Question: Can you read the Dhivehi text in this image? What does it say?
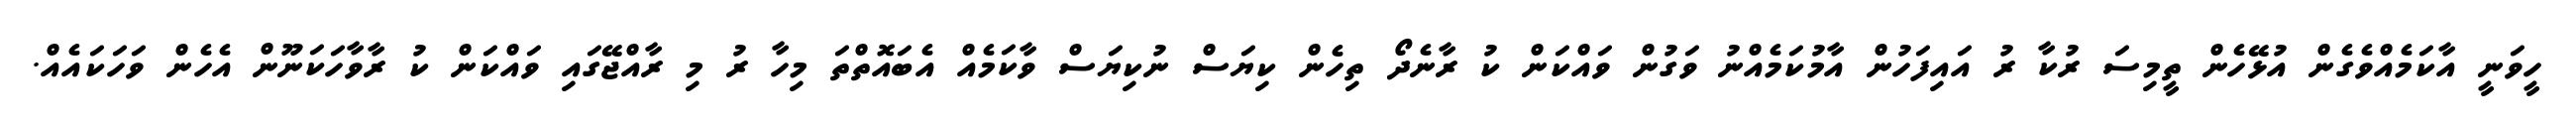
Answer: ހީވަނީ އާކަމެއްވެގެން އުޅޭހެން ތީމިސަ ރުކާ ރު އައިފަހުން އާމުކަމެއްނު ވަގުން ވައްކަން ކު ރާނެދޯ ތިހެން ކިޔަސް ނުކިޔަސް ވާކަމެއް އެބައޮތްތަ މިހާ ރު މި ރާއްޖޭގައި ވައްކަން ކު ރާވާހަކަނޫން އެހެން ވަހަކައެއް.